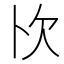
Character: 𭭄